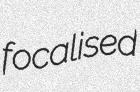
focalised